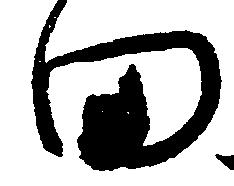
田